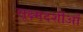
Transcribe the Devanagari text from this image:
सूक्ष्मदर्शीओं